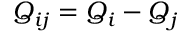
\boldsymbol { Q } _ { i j } = \boldsymbol { Q } _ { i } - \boldsymbol { Q } _ { j }